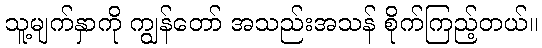
သူ့မျက်နှာကို ကျွန်တော် အသည်းအသန် စိုက်ကြည့်တယ်။